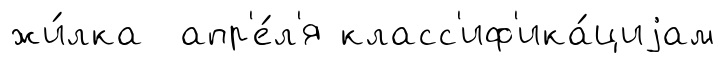
жи́лка апр'е́л'я класс'иф'ика́циjам